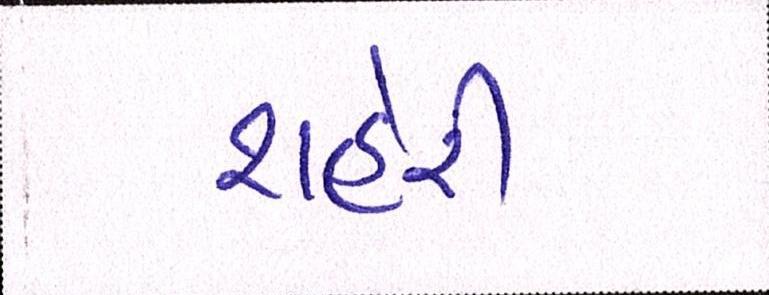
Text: શહેરી